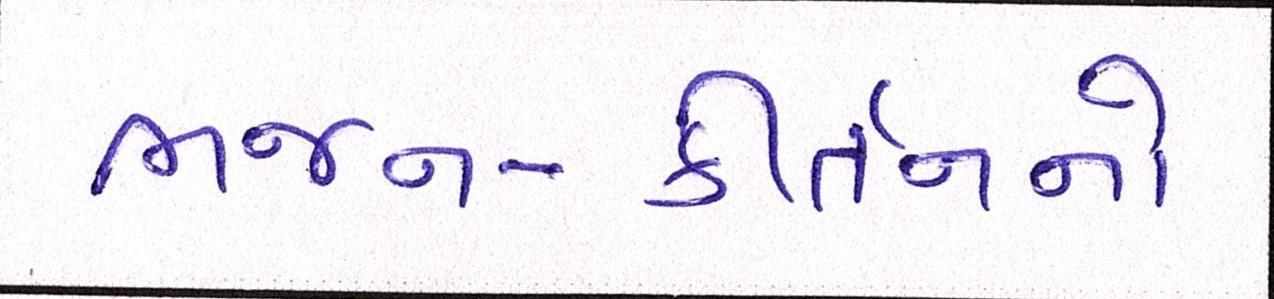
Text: ભજન-કીર્તનનો